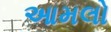
આમલો